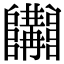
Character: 𨽩